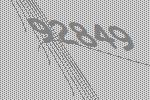
92849